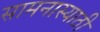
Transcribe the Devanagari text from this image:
सामनास्याठी